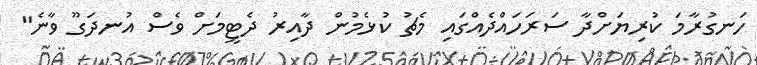
ހަނގުރާމަ ކުރިޔަށްދާ ސަރަހައްދެއްގައި މެޗު ކުޅެމުން ދާއިރު ދެޓީމަށް ވެސް އުނދަގޫ ވާނެ"